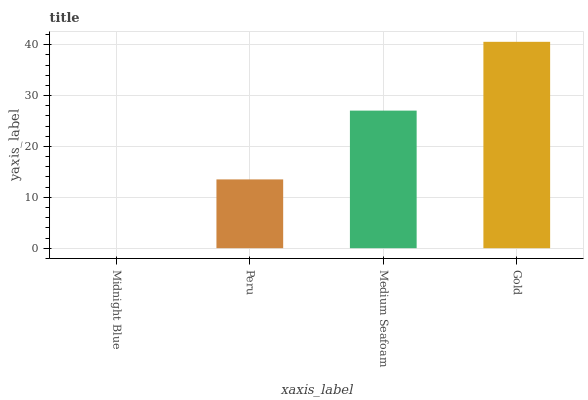
| xaxis_label | bars |
 | --- | --- |
 | Midnight Blue | 0 |
 | Peru | 13.5 |
 | Medium Seafoam | 27 |
 | Gold | 40.6 |